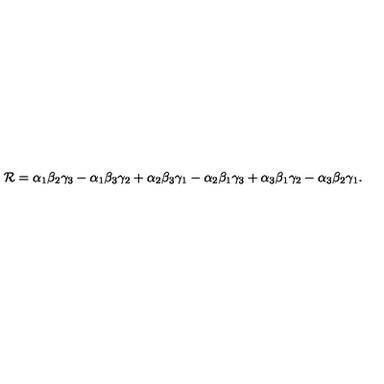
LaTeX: { \cal R } = \alpha _ { 1 } \beta _ { 2 } \gamma _ { 3 } - \alpha _ { 1 } \beta _ { 3 } \gamma _ { 2 } + \alpha _ { 2 } \beta _ { 3 } \gamma _ { 1 } - \alpha _ { 2 } \beta _ { 1 } \gamma _ { 3 } + \alpha _ { 3 } \beta _ { 1 } \gamma _ { 2 } - \alpha _ { 3 } \beta _ { 2 } \gamma _ { 1 } .